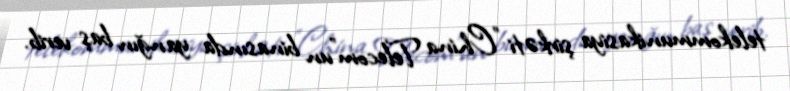
telekommunikasiya şirkəti "China Telecom"un binasında yanğın baş verib.